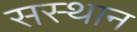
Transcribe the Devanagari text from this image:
सस्थान